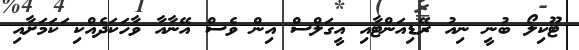
ޓޫކިލޯ ބުނީ ނިއު ރޭޑިއަންޓާއި އީގަލްސް އިން ވެސް އޭނާއާ ވާހަކަދެއްކި ަކަމަށާއި